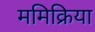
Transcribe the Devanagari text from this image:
ममिक्रिया